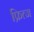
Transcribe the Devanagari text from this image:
फ्रित्ज